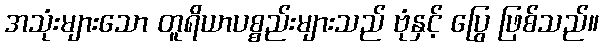
အသုံးများသော တူရိယာပစ္စည်းများသည် ဗုံနှင့် ပြွေ ဖြစ်သည်။